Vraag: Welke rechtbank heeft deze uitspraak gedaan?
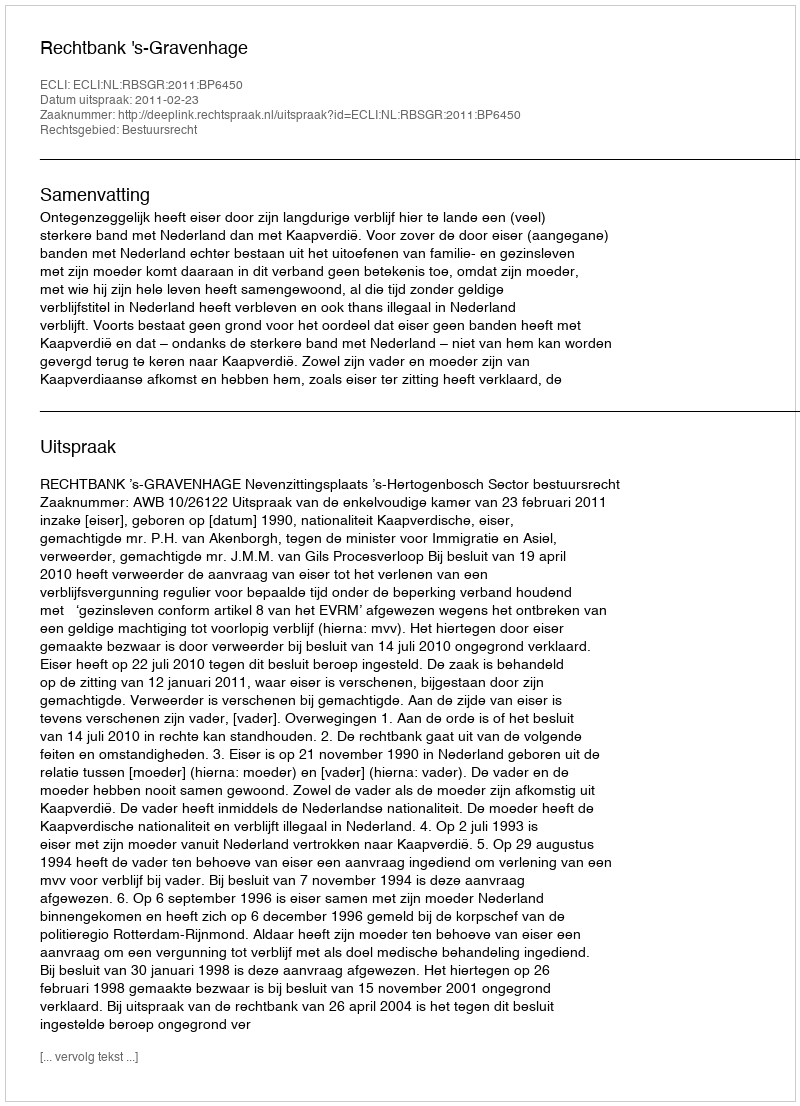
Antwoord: Rechtbank 's-Gravenhage